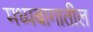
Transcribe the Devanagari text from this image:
मध्यबागातील